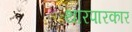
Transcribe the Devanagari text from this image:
थारपारकार